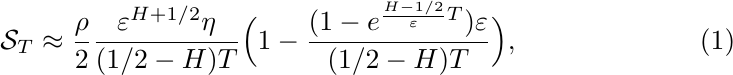
\begin{align}
\mathcal{S}_T \approx \frac{\rho}{2}\frac{\varepsilon^{H+1/2}\eta}{(1/2-H)T}\Big(1-\frac{(1-e^{\frac{H-1/2}{\varepsilon}T})\varepsilon}{(1/2-H)T}\Big), \label{one-fac_skew_form}
\end{align}